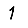
Digit: 1